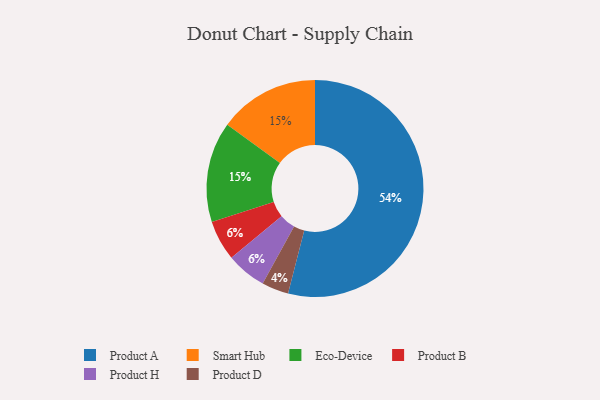
{"axis": {"x": "Category", "y": "Percentage"}, "legend": ["Eco-Device", "Product A", "Product B", "Product D", "Product H", "Smart Hub"], "data": [{"x": "Product B", "y": 6, "type": "Product B"}, {"x": "Smart Hub", "y": 15, "type": "Smart Hub"}, {"x": "Product H", "y": 6, "type": "Product H"}, {"x": "Product A", "y": 54, "type": "Product A"}, {"x": "Product D", "y": 4, "type": "Product D"}, {"x": "Eco-Device", "y": 15, "type": "Eco-Device"}]}